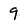
Character: 9